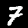
Label: 7